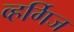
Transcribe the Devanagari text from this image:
व्हर्गिज